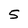
Character: 5